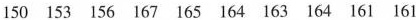
150 153 156 167 165 164 163 164 161 161